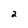
Character: 2